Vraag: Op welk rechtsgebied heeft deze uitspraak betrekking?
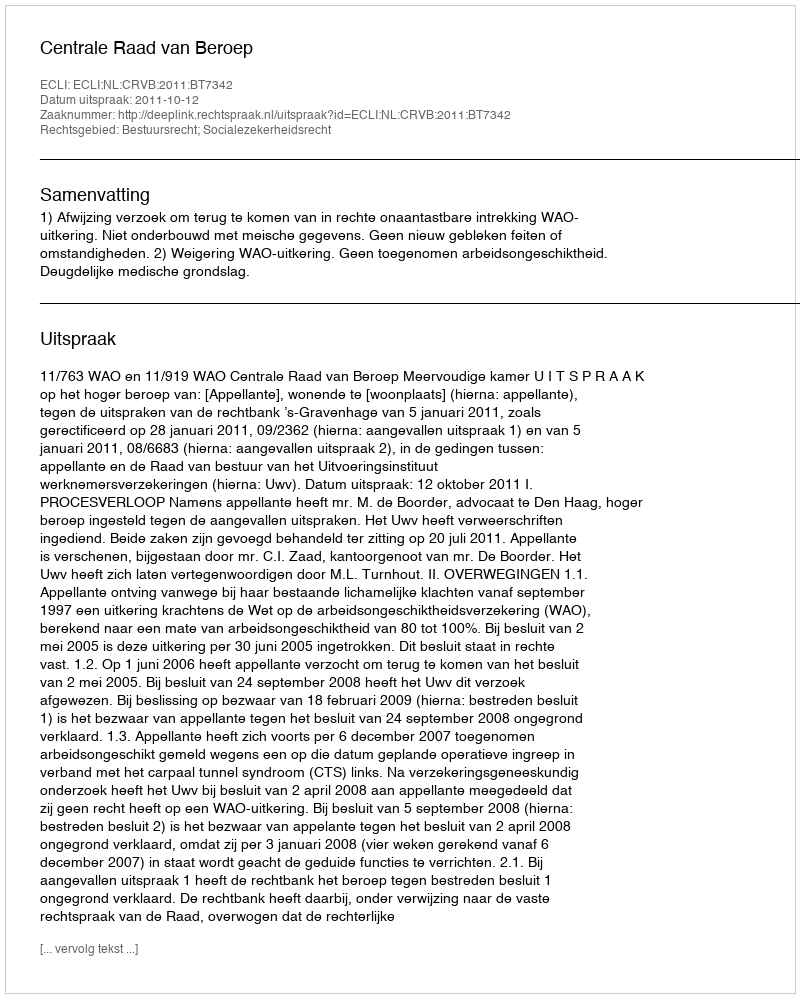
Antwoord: Bestuursrecht; Socialezekerheidsrecht